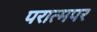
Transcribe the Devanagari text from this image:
परात्मपर